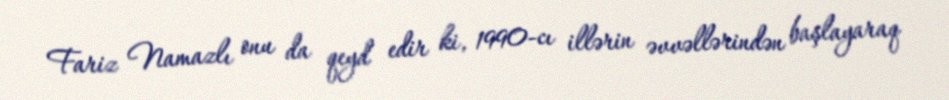
Fariz Namazlı onu da qeyd edir ki, 1990-cı illərin əvvəllərindən başlayaraq